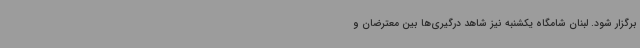
برگزار شود. لبنان شامگاه یکشنبه نیز شاهد درگیری‌ها بین معترضان و